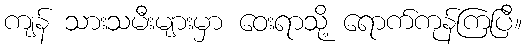
ကျန် သားသမီးများမှာ ဝေးရာသို့ ရောက်ကုန်ကြပြီ။